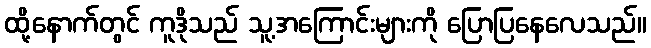
ထို့နောက်တွင် ကူဒိုသည် သူ့အကြောင်းများကို ပြောပြနေလေသည်။